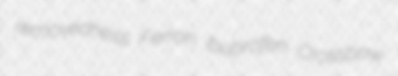
removedness Ferron ibuprofen Crossbow